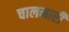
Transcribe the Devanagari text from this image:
चालनारी